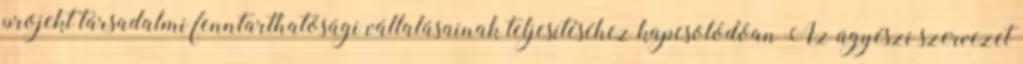
projekt társadalmi fenntarthatósági vállalásainak teljesítéséhez kapcsolódóan Az ügyészi szervezet